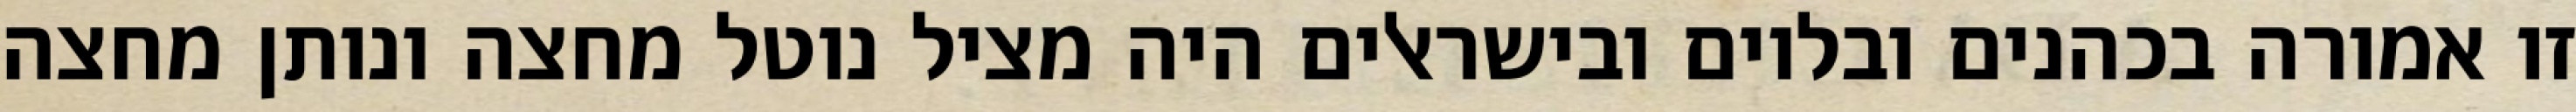
זו אמורה בכהנים ובלוים ובישראלים היה מציל נוטל מחצה ונותן מחצה